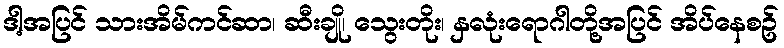
ဒါ့အပြင် သားအိမ်ကင်ဆာ၊ ဆီးချို၊ သွေးတိုး၊ နှလုံးရောဂါတို့အပြင် အိပ်နေစဥ်